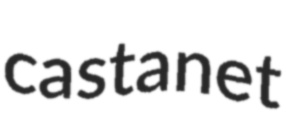
castanet